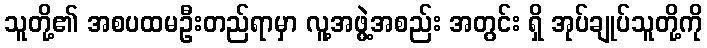
သူတို့၏ အစပထမဦးတည်ရာမှာ လူ့အဖွဲ့အစည်း အတွင်း ရှိ အုပ်ချုပ်သူတို့ကို